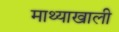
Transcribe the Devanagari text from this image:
माथ्याखाली